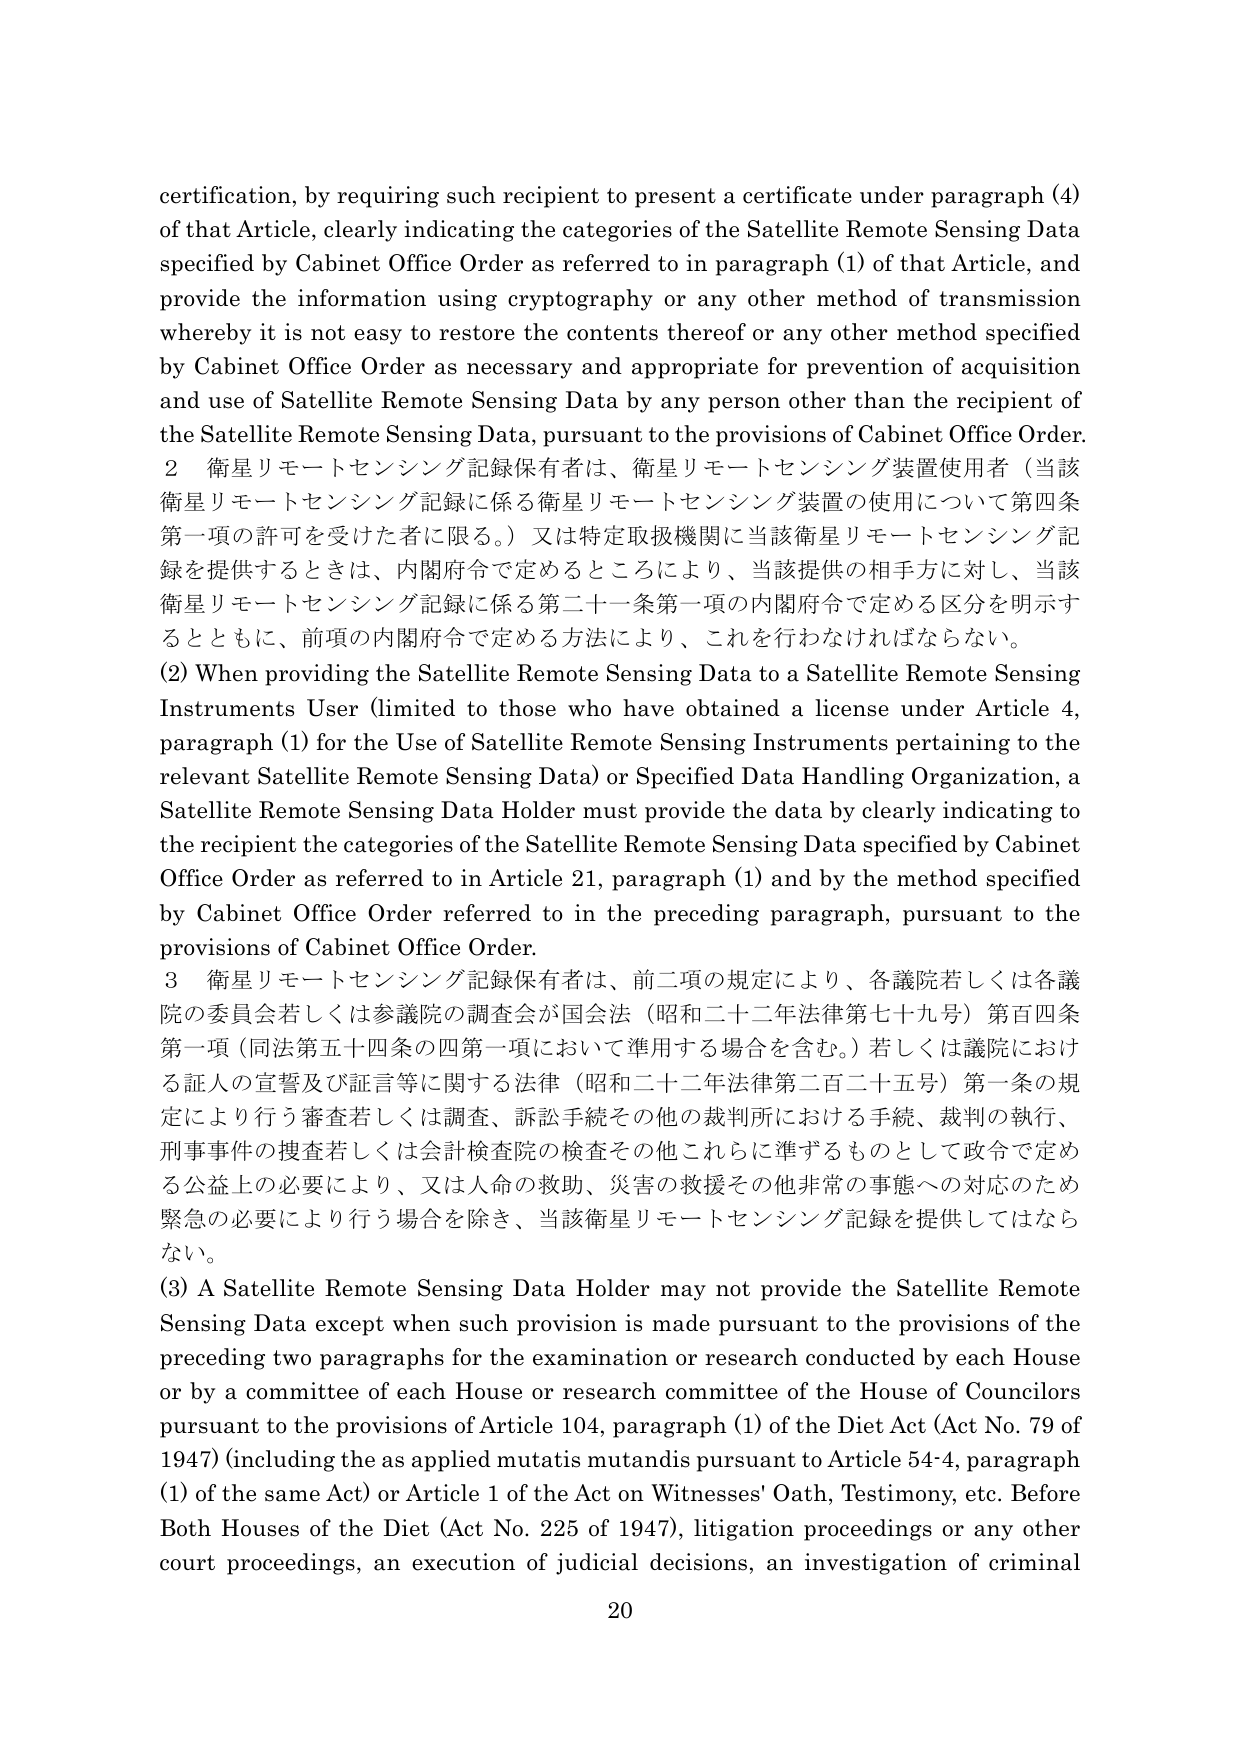
certification, by requiring such recipient to present a certificate under paragraph (4) of that Article, clearly indicating the categories of the Satellite Remote Sensing Data specified by Cabinet Office Order as referred to in paragraph (1) of that Article, and provide the information using cryptography or any other method of transmission whereby it is not easy to restore the contents thereof or any other method specified by Cabinet Office Order as necessary and appropriate for prevention of acquisition and use of Satellite Remote Sensing Data by any person other than the recipient of the Satellite Remote Sensing Data, pursuant to the provisions of Cabinet Office Order.

2 衛星リモートセンシング記録保有者は、衛星リモートセンシング装置使用者（当該衛星リモートセンシング記録に係る衛星リモートセンシング装置の使用について第四条第一項の許可を受けた者に限る。）又は特定取扱機関に当該衛星リモートセンシング記録を提供するときは、内閣府令で定めるところにより、当該提供の相手方に対し、当該衛星リモートセンシング記録に係る第二十一条第一項の内閣府令で定める区分を明示するとともに、前項の内閣府令で定める方法により、これを行わなければならない。

(2) When providing the Satellite Remote Sensing Data to a Satellite Remote Sensing Instruments User (limited to those who have obtained a license under Article 4, paragraph (1) for the Use of Satellite Remote Sensing Instruments pertaining to the relevant Satellite Remote Sensing Data) or Specified Data Handling Organization, a Satellite Remote Sensing Data Holder must provide the data by clearly indicating to the recipient the categories of the Satellite Remote Sensing Data specified by Cabinet Office Order as referred to in Article 21, paragraph (1) and by the method specified by Cabinet Office Order referred to in the preceding paragraph, pursuant to the provisions of Cabinet Office Order.

3 衛星リモートセンシング記録保有者は、前二項の規定により、各議院若しくは各議院の委員会若しくは参議院の調査会が国会法（昭和二十二年法律第七十九号）第百四条第一項（同法第五十四条の四第一項において準用する場合を含む。）若しくは議院における証人の宣誓及び証言等に関する法律（昭和二十二年法律第二百二十五号）第一条の規定により行う審査若しくは調査、訴訟手続その他の裁判所における手続、裁判の執行、刑事事件の捜査若しくは会計検査院の検査その他これらに準ずるものとして政令で定める公益上の必要により、又は人命の救助、災害の救援その他非常的事態への対応のため緊急の必要により行う場合を除き、当該衛星リモートセンシング記録を提供してはならない。

(3) A Satellite Remote Sensing Data Holder may not provide the Satellite Remote Sensing Data except when such provision is made pursuant to the provisions of the preceding two paragraphs for the examination or research conducted by each House or by a committee of each House or research committee of the House of Councillors pursuant to the provisions of Article 104, paragraph (1) of the Diet Act (Act No. 79 of 1947) (including the as applied mutatis mutandis pursuant to Article 54-4, paragraph (1) of the same Act) or Article 1 of the Act on Witnesses' Oath, Testimony, etc. Before Both Houses of the Diet (Act No. 225 of 1947), litigation proceedings or any other court proceedings, an execution of judicial decisions, an investigation of criminal

20